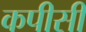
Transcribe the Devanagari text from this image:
कपीसी